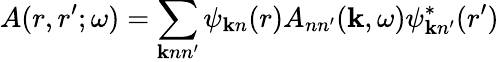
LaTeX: A(r,r^{\prime};\omega)=\sum_{\mathbf{k}nn^{\prime}}\psi_{\mathbf{k}n}(r)A_{nn^{\prime}}(\mathbf{k},\omega)\psi_{\mathbf{k}n^{\prime}}^{*}(r^{\prime})